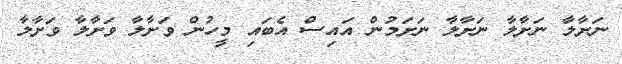
ނަށާލާ ނަށާލާ ނަށާލާ ނަށަމުން އައިސް އެބައި މީހުން ވަށާލާ ވަށާލާ ވަށާލާ